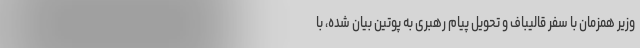
وزیر همزمان با سفر قالیباف و تحویل پیام رهبری به پوتین بیان شده، با